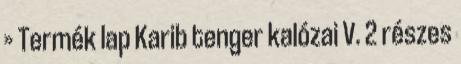
» Termék lap Karib tenger kalózai V. 2 részes